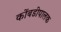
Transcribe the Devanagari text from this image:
कोंबडीपालक